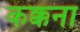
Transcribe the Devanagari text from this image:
कक्कना